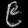
Digit: ၉